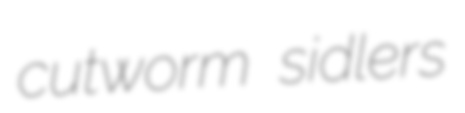
cutworm sidlers